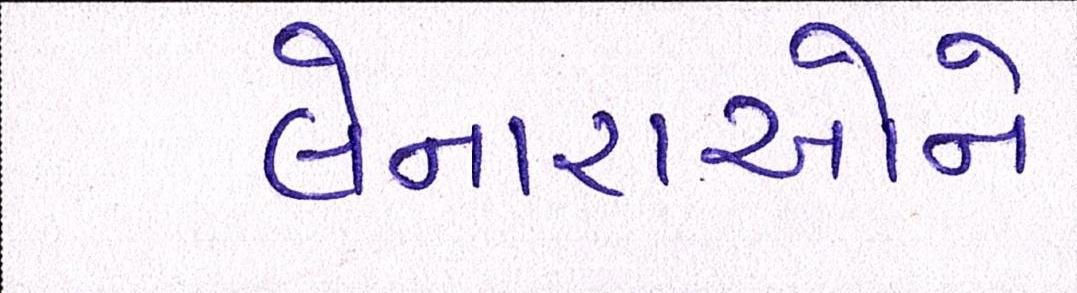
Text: લેનારાઓને